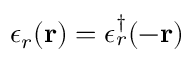
\epsilon _ { r } ( \mathbf { r } ) = \epsilon _ { r } ^ { \dagger } ( - \mathbf { r } )